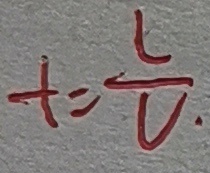
t = \frac { l } { V } .